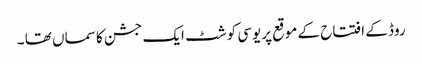
روڈ کے افتتاح کے موقع پریوسی کوشٹ ایک جشن کا سماں تھا ۔